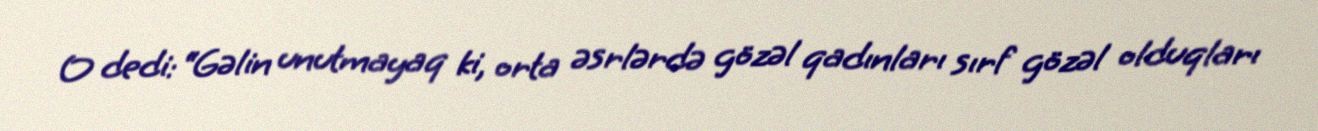
O dedi: “Gəlin unutmayaq ki, orta əsrlərdə gözəl qadınları sırf gözəl olduqları